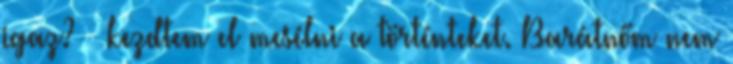
igaz? – kezdtem el mesélni a történteket. Barátnőm nem